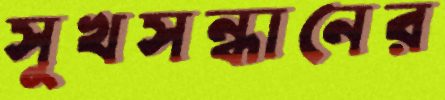
সুখসন্ধানের